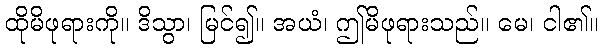
ထိုမိဖုရားကို။ ဒိသွာ၊ မြင်၍။ အယံ၊ ဤမိဖုရားသည်။ မေ၊ ငါ၏။